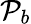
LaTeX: \mathcal{P}_{b}